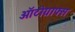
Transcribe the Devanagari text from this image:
ऑटोग्राफ्स